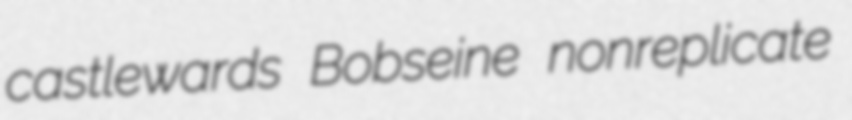
castlewards Bobseine nonreplicate